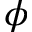
\phi